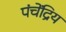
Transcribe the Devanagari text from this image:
पंचेंद्रिय